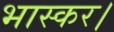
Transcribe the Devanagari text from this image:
भास्कर।